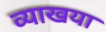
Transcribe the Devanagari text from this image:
व्याखया